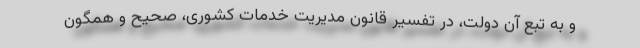
و به تبع آن دولت، در تفسیر قانون مدیریت خدمات کشوری، صحیح و همگون